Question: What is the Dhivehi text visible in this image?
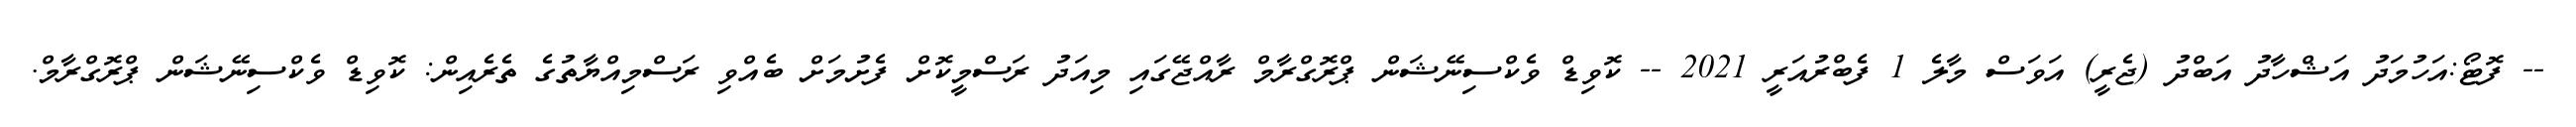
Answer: -- ފޮޓޯ:އަހުމަދު އަޝްހާދު އަބްދު (ޖެރީ) އަވަސް މާލެ 1 ފެބްރުއަރީ 2021 -- ކޮވިޑް ވެކްސިނޭޝަން ޕްރޮގްރާމް ރާއްޖޭގައި މިއަދު ރަސްމީކޮށް ފެށުމަށް ބެއްވި ރަސްމިއްޔާތުގެ ތެރެއިން: ކޮވިޑް ވެކްސިނޭޝަން ޕްރޮގްރާމް.